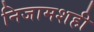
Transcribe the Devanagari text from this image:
निजामशही